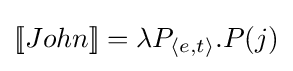
[\![John]\!]=\lambda P_{\langle e,t\rangle }.P(j)